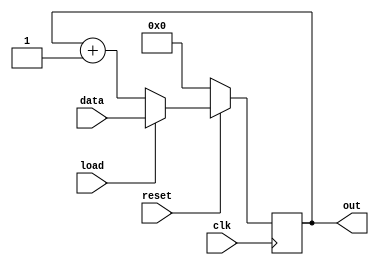
module counter1 (
    out,data,load,reset,clk
);
output[7:0] out;
input[7:0] data;
input load,clk,reset;
reg[7:0] out;

always @(posedge clk) begin
    if (!reset) 
        out = 8'h00;
    else if(load)
        out = data;
    else
        out = out + 1;
end
    
endmodule